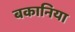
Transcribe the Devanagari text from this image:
बकानिया